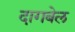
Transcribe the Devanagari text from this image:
दागबेल